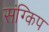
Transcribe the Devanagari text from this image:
संग्किप